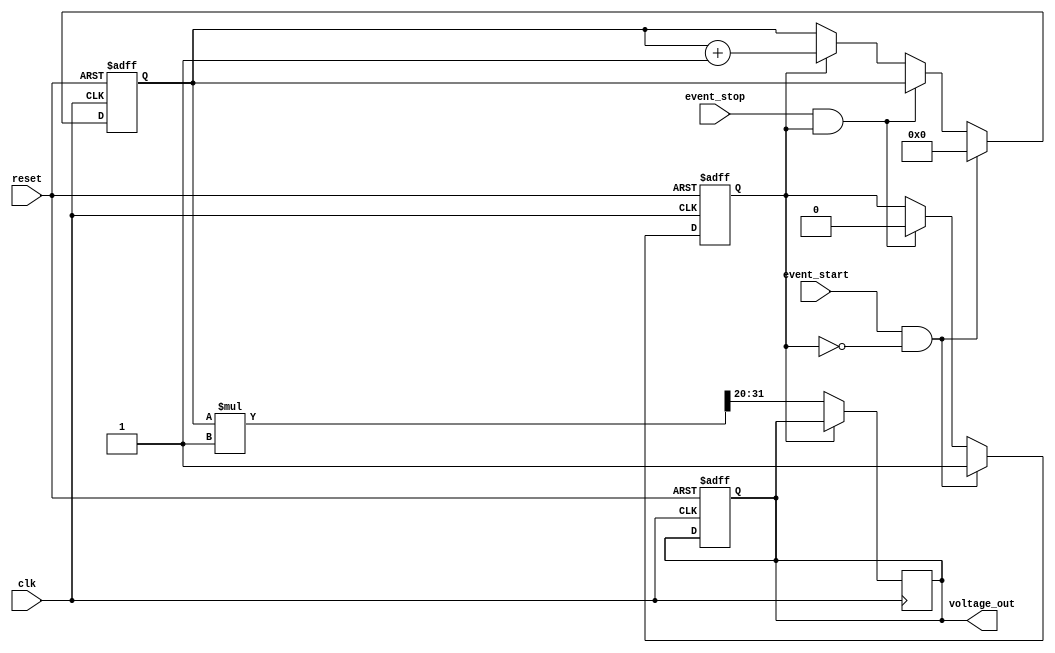
module TDC (
    input wire clk,                // Clock input
    input wire reset,              // Asynchronous reset
    input wire event_start,        // Start event signal
    input wire event_stop,         // Stop event signal
    output reg [11:0] voltage_out   // Output voltage (12-bit representation)
);

    // Parameters
    parameter CLOCK_FREQ = 100_000_000; // 100 MHz clock frequency
    parameter k = 1; // Scaling factor for voltage conversion

    // Time Counter
    reg [31:0] time_count; // 32-bit counter for time measurement
    reg counting;          // Counting flag

    // Event Detector
    always @(posedge clk or posedge reset) begin
        if (reset) begin
            counting <= 0;
            time_count <= 0;
            voltage_out <= 0;
        end else begin
            if (event_start && !counting) begin
                counting <= 1; // Start counting
                time_count <= 0; // Reset counter
            end else if (event_stop && counting) begin
                counting <= 0; // Stop counting
            end else if (counting) begin
                time_count <= time_count + 1; // Increment counter
            end
        end
    end

    // Analog Voltage Generator
    always @(posedge clk) begin
        if (!counting) begin
            // Convert time_count to voltage level
            voltage_out <= (time_count * k) >> 20; // Scale down to fit 12 bits
        end
    end

endmodule